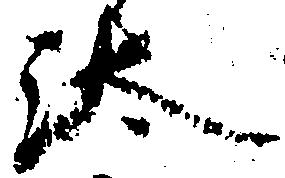
汰